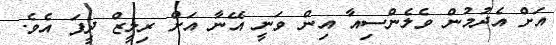
އަށް އެދުމުން ވެލެންސިއާ އިން ވަނީ އޭނާ އަށް ރިލީޒް ދީފަ އެވެ.